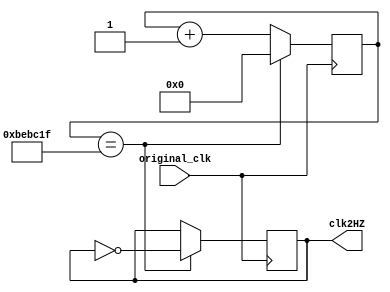
module original_to_2HZ(original_clk, clk2HZ);
input original_clk;
output reg clk2HZ;
reg[31:0] cnt_2HZ;
always@(posedge original_clk)
begin
	if(cnt_2HZ == 'd12500000-1)
	begin
		clk2HZ <= ~clk2HZ;
		cnt_2HZ <= 0;
	end
	else
	cnt_2HZ <= cnt_2HZ + 1'b1;
end
endmodule